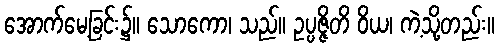
အောက်မေ့ခြင်း၌။ သောကော၊ သည်။ ဥပ္ပဇ္ဇိတိ ဝိယ၊ ကဲ့သို့တည်း။